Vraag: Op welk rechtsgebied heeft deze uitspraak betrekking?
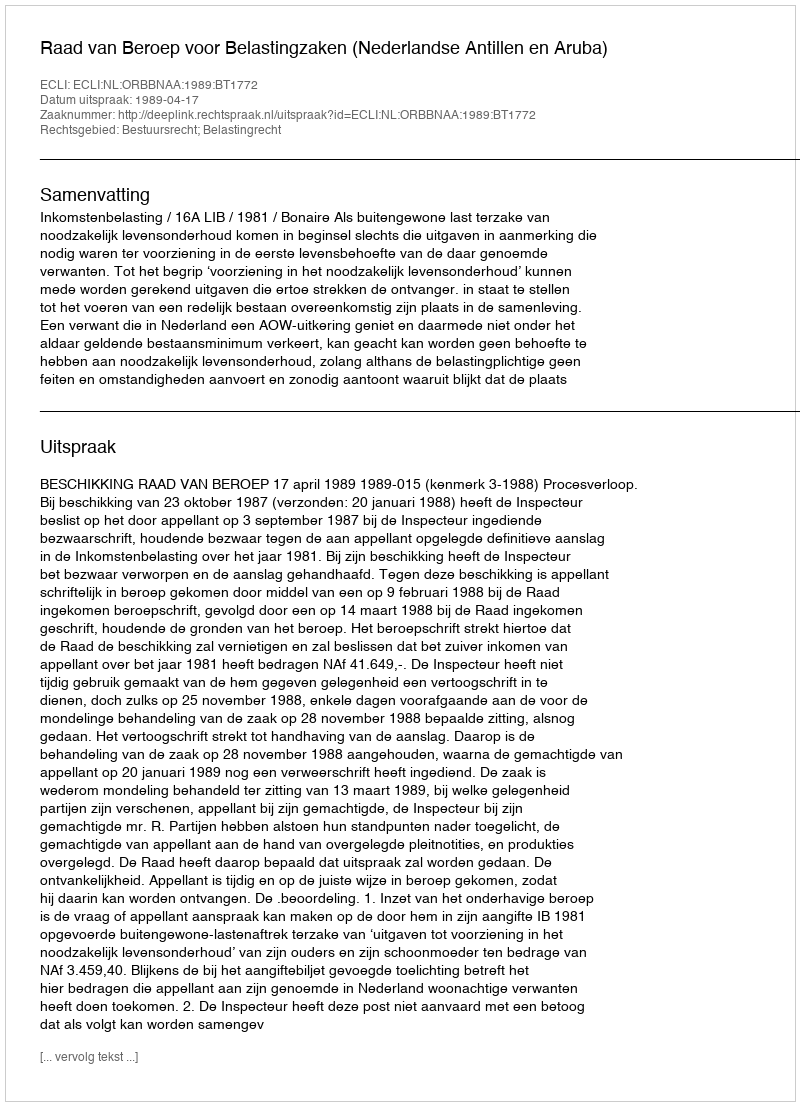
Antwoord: Bestuursrecht; Belastingrecht